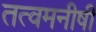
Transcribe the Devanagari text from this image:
तत्वमनीषी